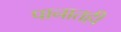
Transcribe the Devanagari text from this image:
पानातही